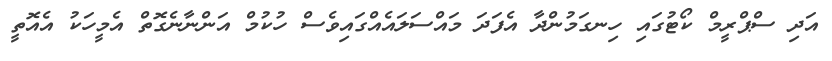
އަދި ސްޕްރީމް ކޯޓުގައި ހިނގަމުންދާ އެފަދަ މައްސަލައެއްގައިވެސް ހުކުމް އަންނާނެގޮތް އެމީހަކު އެއޮތީ